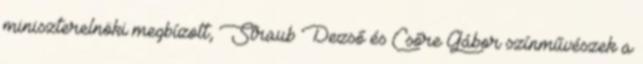
miniszterelnöki megbízott, Straub Dezső és Csőre Gábor színművészek a